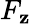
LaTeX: F_{\mathbf{z}}